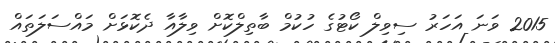
2015 ވަނަ އަހަރު ސިވިލް ކޯޓުގެ ހުކުމް ބާތިލްކޮށް ވިލާއާ ދެކޮޅަށް މައްސަލަތައް